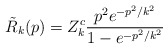
\begin{align*}\tilde{R}_k(p) = Z^c_k \frac{p^2 e^{-p^2/k^2}}{1 - e^{-p^2/k^2}} \end{align*}